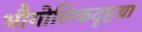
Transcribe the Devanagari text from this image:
भौगोलिकदृष्टय़ा